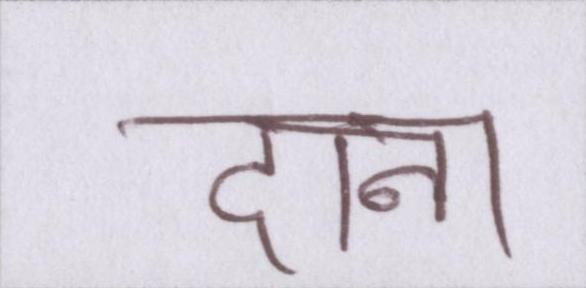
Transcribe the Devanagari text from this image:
दाना